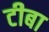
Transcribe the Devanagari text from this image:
टीबा